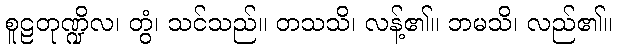
စူဠတုဏ္ဍိလ၊ တွံ၊ သင်သည်။ တသသိ၊ လန့်၏။ ဘမသိ၊ လည်၏။